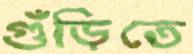
গুঁড়িতে